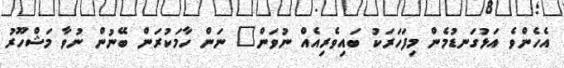
އެހެންވެ އަޅުގަނޑުމެން މިފަހަރަކު ބައިވެރިއެއް ނުވަން" ނަން ހާމަކުރަން ބޭނުން ނުވާ މަޝްހޫރު